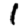
Digit: 1